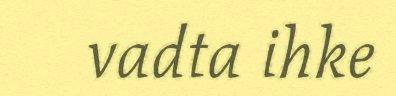
vadta ihke